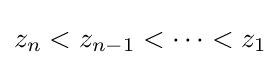
z_{n}<z_{n-1}<\cdots <z_{1}